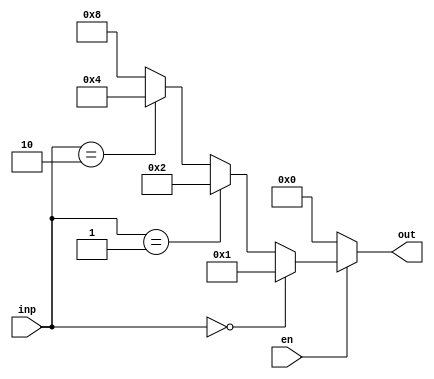
module decoder_2to4(
	en, inp, out
);

input en;
input [1:0] inp;
output [3:0] out;
reg [3:0] out;



always @ (*) begin
	
	if(en == 1'b0)begin
		out <= 4'b0000;
		$display("2to4 en : %1b, inp : %2b, out : %4b", en, inp, out);
	end
	else begin
		if(inp == 2'b00) begin
			out <= 4'b0001;
			$display("2to4 en : %1b, inp : %2b, out : %4b", en, inp, out);
			end
		else if(inp == 2'b01) begin
			out <= 4'b0010;
			$display("2to4 en : %1b, inp : %2b, out : %4b", en, inp, out);
		end
		else if(inp == 2'b10) begin
			out <= 4'b0100;
			$display("2to4 en : %1b, inp : %2b, out : %4b", en, inp, out);
		end
		else begin
			out <= 4'b1000;
			$display("2to4 en : %1b, inp : %2b, out : %4b", en, inp, out);
		end
	end

end
endmodule